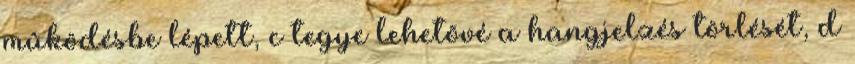
mûködésbe lépett, c tegye lehetõvé a hangjelzés törlését, d